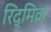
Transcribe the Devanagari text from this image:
रिद्मिक